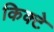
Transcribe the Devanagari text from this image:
किक्टे